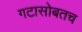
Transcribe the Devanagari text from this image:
गटासोबतच